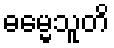
ဓမ္မေသူတိ